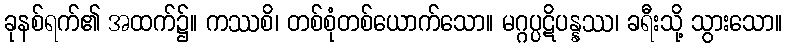
ခုနစ်ရက်၏ အထက်၌။ ကဿစိ၊ တစ်စုံတစ်ယောက်သော။ မဂ္ဂပ္ပဋိပန္နဿ၊ ခရီးသို့ သွားသော။